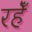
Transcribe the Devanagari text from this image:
रहेँ